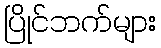
ပြိုင်ဘက်များ